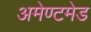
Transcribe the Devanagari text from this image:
अमेण्टमेड